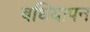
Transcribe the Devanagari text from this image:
बधियापन